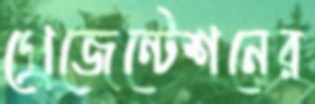
প্রেজেন্টেশনের